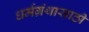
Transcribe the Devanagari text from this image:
धर्मग्रंथासाठी